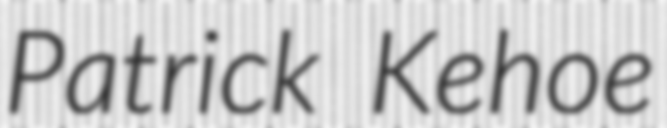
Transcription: Patrick Kehoe